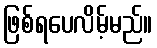
ဖြစ်ရပေလိမ့်မည်။